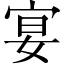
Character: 宴